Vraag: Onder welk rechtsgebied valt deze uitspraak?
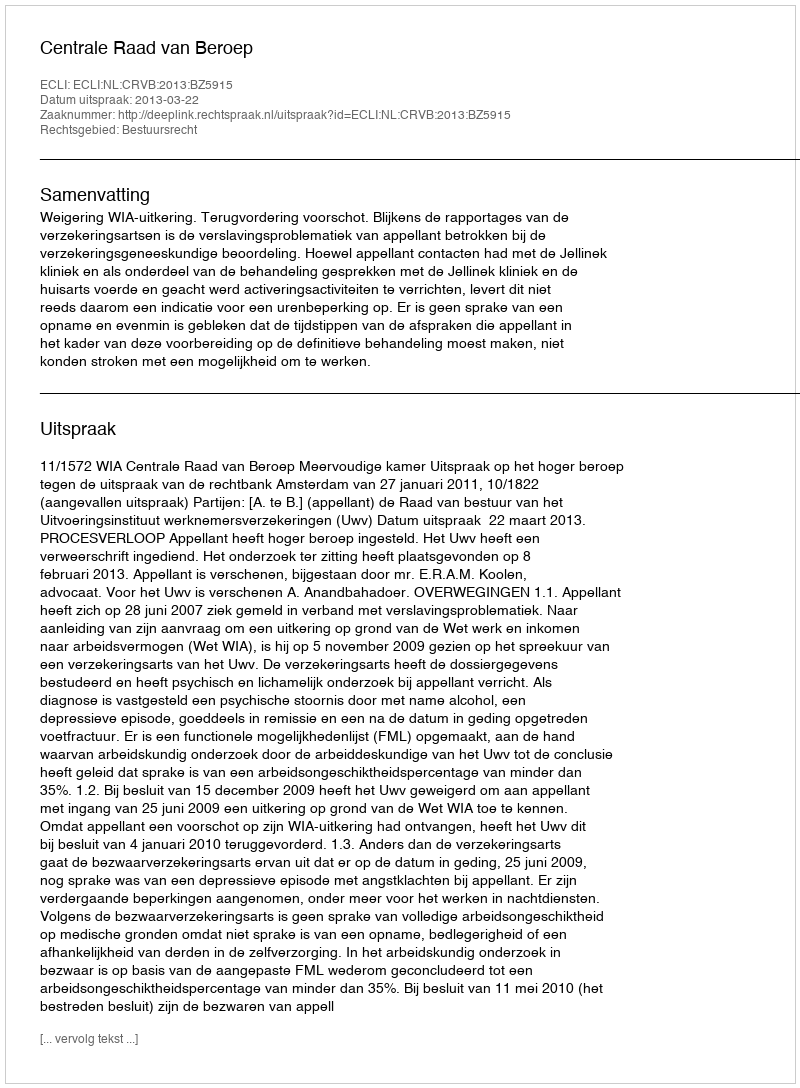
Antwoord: Bestuursrecht